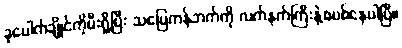
ခုပေါက်ချိုင်ကိုမီးရှို့ပြီး သပြေကန်ဘက်ကို လက်နက်ကြီးနဲ့စပစ်နေပါပြီ။